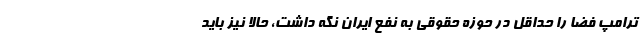
ترامپ فضا را حداقل در حوزه حقوقی به نفع ایران نگه داشت، حالا نیز باید